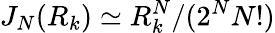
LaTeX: J_{N}(R_{k})\simeq R_{k}^{N}/(2^{N}{N!})